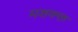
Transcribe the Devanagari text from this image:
मशक्क्त